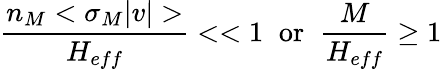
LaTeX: \frac{n_{M}<\sigma_{M}|v|>}{H_{eff}}<<1\; \; \mathrm{or}\; \; \frac{M}{H_{eff}}\geq 1